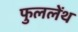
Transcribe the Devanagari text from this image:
फुललेंथ